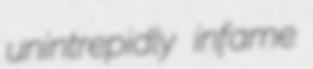
unintrepidly infame